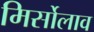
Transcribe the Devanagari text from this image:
मिर्सोलाव